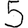
Digit: 5